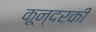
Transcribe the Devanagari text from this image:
कून्दरकी